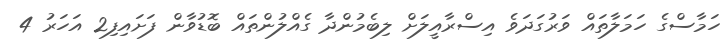
ހަމާސްގެ ހަމަލާތައް ވަރުގަދަވެ އިސްރާއީލަށް ލިބެމުންދާ ގެއްލުންތައް ބޮޑުވާން ފަށައިފި2 އަހަރު 4